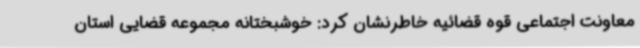
معاونت اجتماعی قوه قضائیه خاطرنشان کرد: خوشبختانه مجموعه قضایی استان